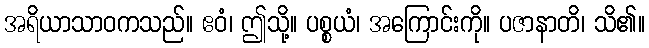
အရိယာသာဝကသည်။ ဧဝံ၊ ဤသို့။ ပစ္စယံ၊ အကြောင်းကို။ ပဇာနာတိ၊ သိ၏။